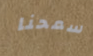
سمحنا